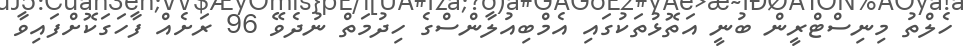
ހެލްތު މިނިސްޓްރީން ބުނީ އަތޮޅުތަކުގައި އެމްބިއުލާންސްގެ ހިދުމަތް ނުދެވޭ 96 ރަށެއް ފާހަގަކޮށްފައިވާ